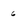
Character: 6